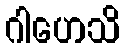
ဂါဟေသိ